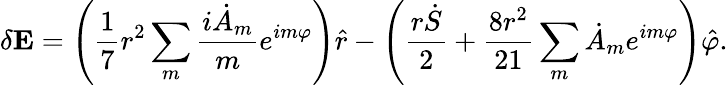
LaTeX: \mathbf{\delta E}=\left(\frac{1}{7}r^{2}\sum_{m}\frac{i\dot{A}_{m}}{m}e^{im\varphi}\right)\hat{r}-\left(\frac{r\dot{S}}{2}+\frac{8r^{2}}{21}\sum_{m}\dot{A}_{m}e^{im\varphi}\right)\hat{\varphi}.